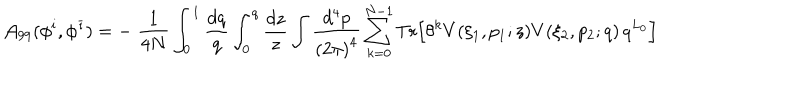
LaTeX: { \cal A } _ { 9 9 } ( \phi ^ { i } , { \phi ^ { \bar { \imath } } } ) = - \; \frac { 1 } { 4 N } \int _ { 0 } ^ { 1 } \frac { d q } { q } \int _ { 0 } ^ { q } \frac { d z } { z } \int \frac { d ^ { 4 } p } { { ( 2 \pi ) } ^ { 4 } } \sum _ { k = 0 } ^ { N - 1 } \mathrm { T r } \Bigl [ \theta ^ { k } V ( \xi _ { 1 } , p _ { 1 } ; z ) V ( \xi _ { 2 } , p _ { 2 } ; q ) \, q ^ { L _ { 0 } } \Bigr ]